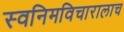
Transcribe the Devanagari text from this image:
स्वनिमविचारालाच